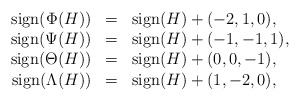
\begin{align*}\begin{array}{rcl}\mathrm{sign}(\Phi(H))&=&\mathrm{sign}(H)+(-2,1,0),\\\mathrm{sign}(\Psi(H))&=&\mathrm{sign}(H)+(-1,-1,1),\\\mathrm{sign}(\Theta(H))&=&\mathrm{sign}(H)+(0,0,-1),\\\mathrm{sign}(\Lambda(H))&=&\mathrm{sign}(H)+(1,-2,0),\\\end{array}\end{align*}